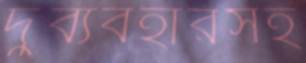
দুর্ব্যবহারসহ